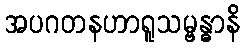
အပဂတနဟာရူသမ္ဗန္ဓာနိ